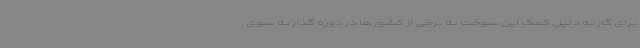
برای گاز به دلیل کمک این سوخت به برخی از کشورها در دوره گذار به سوی